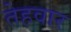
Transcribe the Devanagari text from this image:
तेहवार